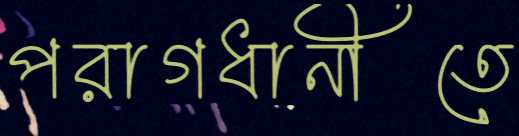
পরাগধানীতে